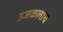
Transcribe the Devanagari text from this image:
उजळलाच